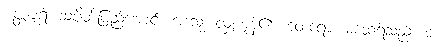
ပတ္တပူရံ၊ သပိတ်ပြည့်အောင်။ အဒံသု၊ လှူကုန်၏။ ထေရော၊ မထေရ်သည်။ တံ၊